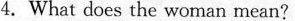
4. What does the woman mean?